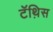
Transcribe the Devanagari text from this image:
टॅथ़िस